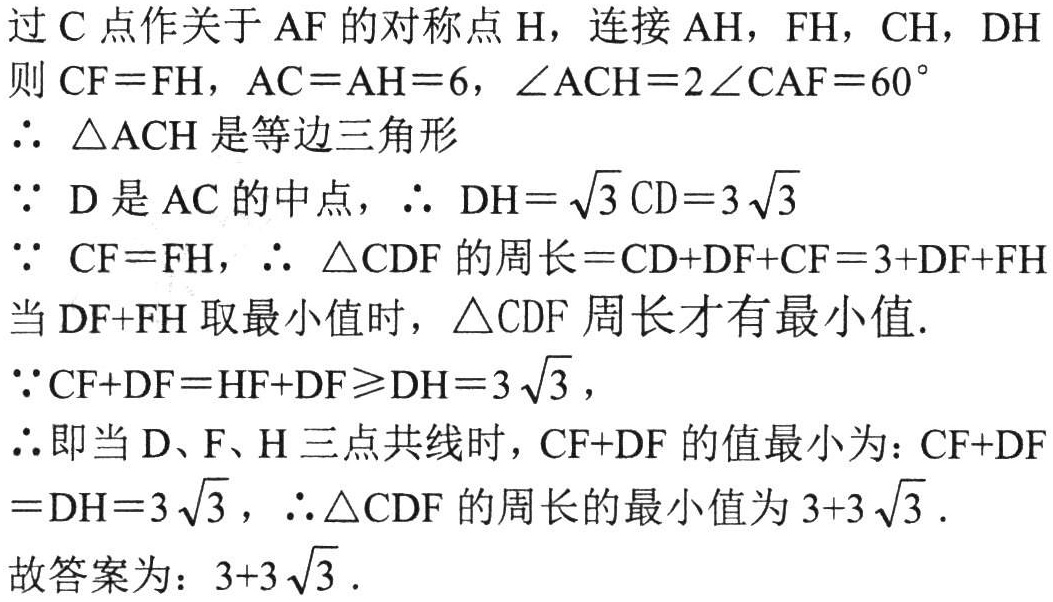
过\(C\)点作关于\(AF\)的对称点\(H\)，连接\(AH\)，\(FH\)，\(CH\)，\(DH\)

则\(CF = FH\)，\(AC = AH = 6\)，\(\angle ACH = 2\angle CAF = 60^{\circ}\)

\(\therefore \triangle ACH\)是等边三角形

\(\because D\)是\(AC\)的中点，\(\therefore DH=\sqrt{3}CD = 3\sqrt{3}\)

\(\because CF = FH\)，\(\therefore \triangle CDF\)的周长\(=CD + DF + CF = 3 + DF + FH\)

当\(DF + FH\)取最小值时，\(\triangle CDF\)周长才有最小值.

\(\because CF + DF = HF + DF\geqslant DH = 3\sqrt{3}\)，

\(\therefore\)即当\(D\)、\(F\)、\(H\)三点共线时，\(CF + DF\)的值最小为：\(CF + DF = DH = 3\sqrt{3}\)，\(\therefore\triangle CDF\)的周长的最小值为\(3 + 3\sqrt{3}\).

故答案为：\(3 + 3\sqrt{3}\).